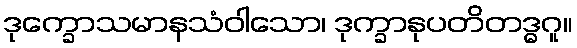
ဒုက္ခောသမာနသံဝါသော၊ ဒုက္ခာနုပတိတဒ္ဓဂူ။